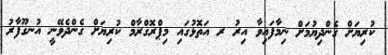
ކުރިޔަށް ގެންދިޔުމަށް ނިމާފައިވާ އިރު ރ އަތޮޅުގައި މިޕްރޮގްރާމް ކުރިޔަށް ގެންދެވޭނީ އުނގޫފާރު